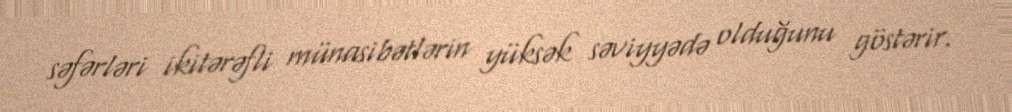
səfərləri ikitərəfli münasibətlərin yüksək səviyyədə olduğunu göstərir.